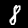
Digit: 8